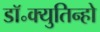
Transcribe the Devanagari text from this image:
डॉ॰क्युतिन्हो